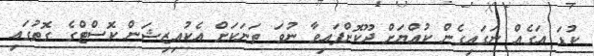
ކުޑަ އަގެއް ނަގައިގެން ކުއްޔަށް ދޫކޮށްފައިވާ ނުވަ ތަނަކަށް އެކުއިޒިޝަން ކޮސްޓްގެ ގޮތުގައި